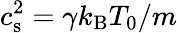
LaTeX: c_{\mathrm{s}}^{2}={\gamma k_{\mathrm{B}}T_{0}/m}